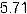
5.71